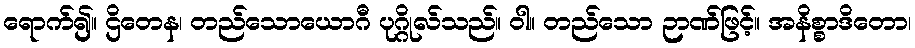
ရောက်၍။ ဌိတေန၊ တည်သောယောဂီ ပုဂ္ဂိုလ်သည်။ ဝါ။ တည်သော ဉာဏ်ဖြင့်။ အနိစ္စာဒိတော၊